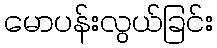
မောပန်းလွယ်ခြင်း